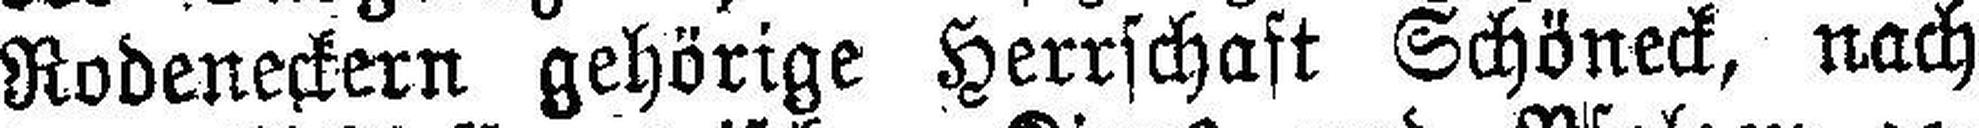
Rodeneckern gehörige Herrschaft Schöneck, nach